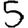
Digit: 5